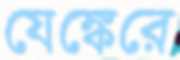
যেঙ্কেরে